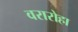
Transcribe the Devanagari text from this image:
वरारोहा